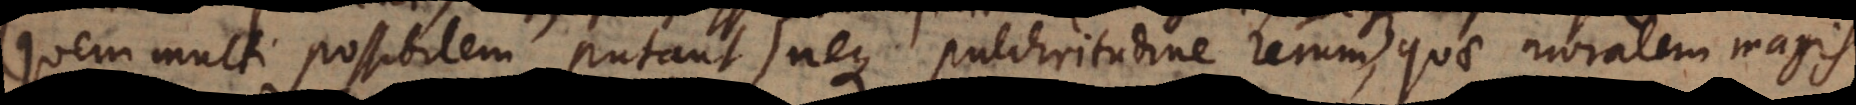
quem multi possibilem putant), neque pulchritudine rerum, quae moralem magis